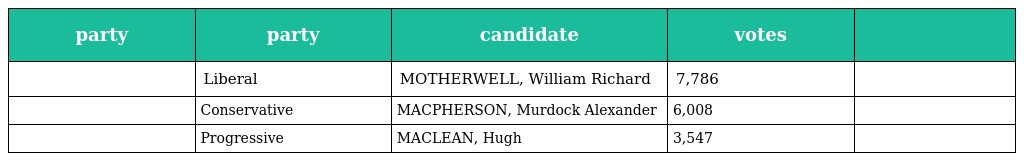
| party | party | candidate | votes |  |
 | --- | --- | --- | --- | --- |
 |  | Liberal | MOTHERWELL, William Richard | 7,786 |  |
 |  | Conservative | MACPHERSON, Murdock Alexander | 6,008 |  |
 |  | Progressive | MACLEAN, Hugh | 3,547 |  |